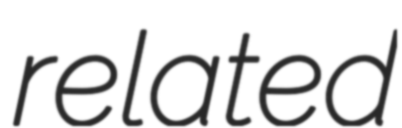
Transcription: related